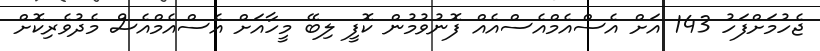
ޖެހުމަށްފަހު 143 އަށް އެސްއެމްއެސްއެއް ފޮނުވުމުން ކޮފީ ލިބޭ މީހާއަށް އެސްއެމްއެސް މެދުވެރިކޮށް